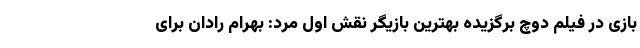
بازی در فیلم دوچ برگزیده بهترین بازیگر نقش اوّل مرد: بهرام رادان برای